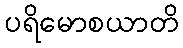
ပရိမောစယာတိ